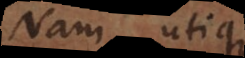
Nam utique